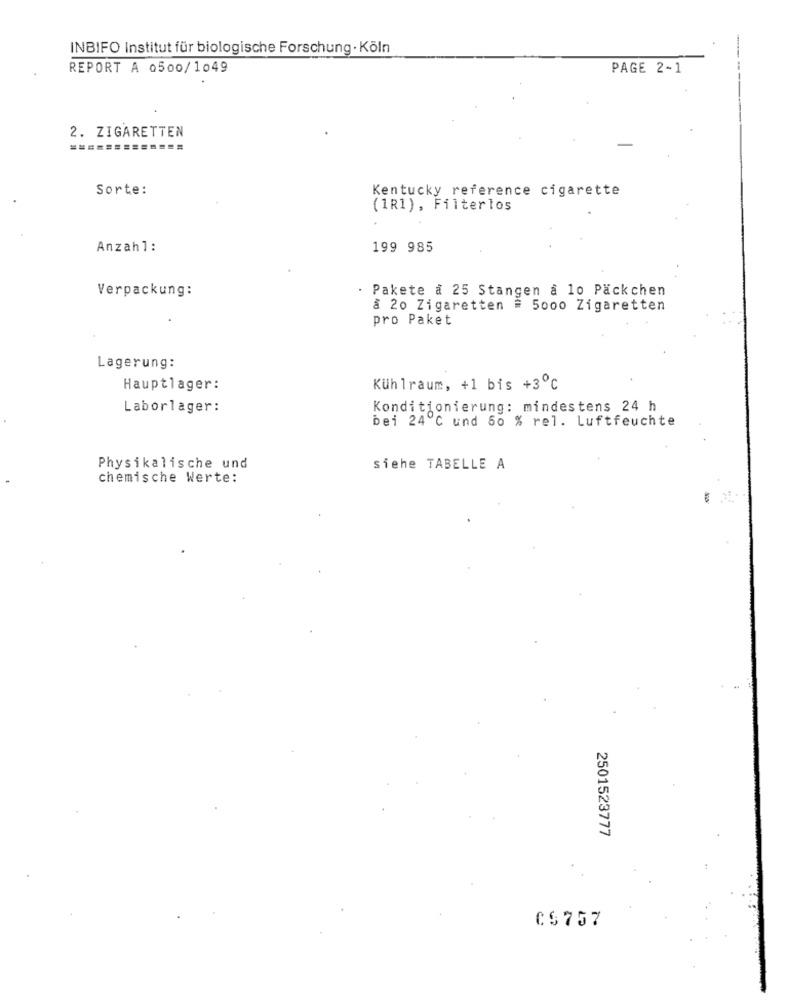
INBIFO Institut für biologische Forschung · Köln
REPORT A 0500/1049
PAGE 2-1
2. ZIGARETTEN
Sorte:
Kentucky reference cigarette
(1R1), Filterlos
Anzahl:
199 985
Verpackung:
Pakete a 25 Stangen a lo Päckchen
ã 20 Zigaretten # 5000 Zigaretten
pro Paket
Lagerung:
Hauptlager:
Kühlraum, +1 bis +3℃
Laborlager:
Konditionierung: mindestens 24 h
bei 24 ℃ und 50 % rel. Luftfeuchte
Physikalische und
siehe TABELLE A
chemische Werte:
2501523777
CS757